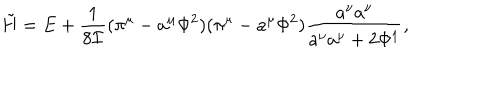
LaTeX: \tilde { H } = E + \frac { 1 } { 8 { \cal I } } ( \pi ^ { \mu } - a ^ { \mu } \Phi ^ { 2 } ) ( \pi ^ { \mu } - a ^ { \mu } \Phi ^ { 2 } ) \frac { a ^ { \nu } a ^ { \nu } } { a ^ { \nu } a ^ { \nu } + 2 \Phi ^ { 1 } } ,